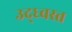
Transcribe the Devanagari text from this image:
उद्‍ध्वस्त